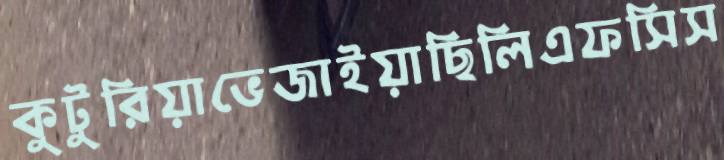
কুটুরিয়াভেজাইয়াছিলিএফসিস